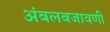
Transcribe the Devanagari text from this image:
अंबलबजावणी